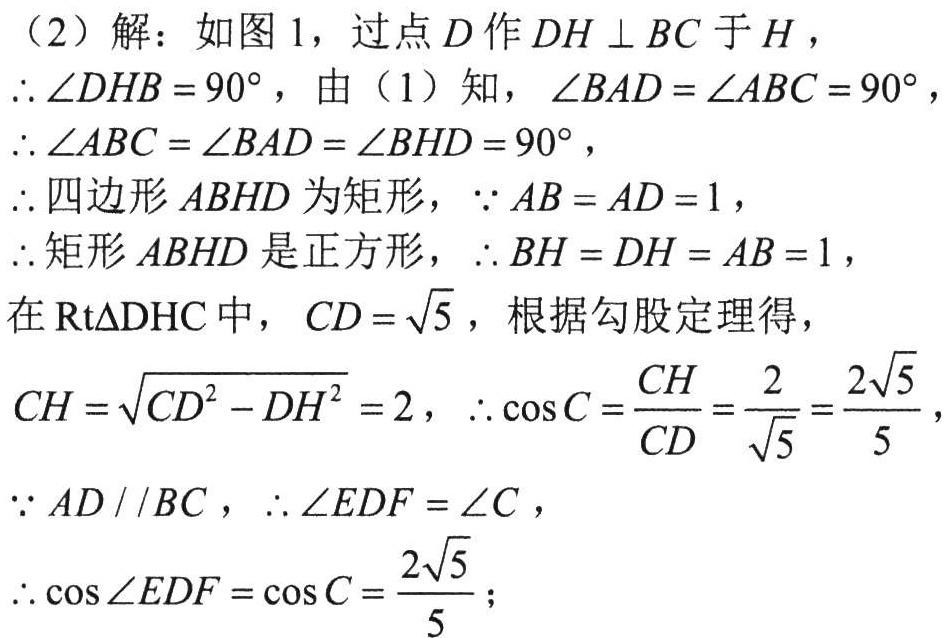
(2) 解：如图1，过点 \(D\) 作 \(DH\perp BC\) 于 \(H\)，
\(\therefore\angle DHB = 90^{\circ}\)，由（1）知，\(\angle BAD=\angle ABC = 90^{\circ}\)，
\(\therefore\angle ABC=\angle BAD=\angle BHD = 90^{\circ}\)，
\(\therefore\)四边形 \(ABHD\) 为矩形，\(\because AB = AD = 1\)，
\(\therefore\)矩形 \(ABHD\) 是正方形，\(\therefore BH = DH = AB = 1\)，
在\(\text{Rt}\triangle DHC\)中，\(CD=\sqrt{5}\)，根据勾股定理得，
\(CH=\sqrt{CD^{2}-DH^{2}} = 2\)，\(\therefore\cos C=\frac{CH}{CD}=\frac{2}{\sqrt{5}}=\frac{2\sqrt{5}}{5}\)，
\(\because AD\parallel BC\)，\(\therefore\angle EDF=\angle C\)，
\(\therefore\cos\angle EDF=\cos C=\frac{2\sqrt{5}}{5}\)；